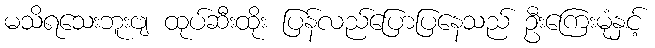
မသိရသေးဘူးဗျ ထုပ်ဆီးထိုး ပြန်လည်ပြောပြနေသည် ဦးကြေးမုံနှင့်